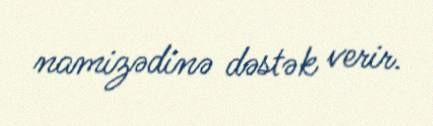
namizədinə dəstək verir.